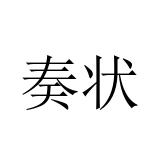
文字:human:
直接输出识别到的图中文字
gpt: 奏状